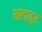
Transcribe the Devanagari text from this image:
शलातुर